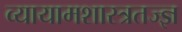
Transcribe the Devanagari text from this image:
व्यायामशास्त्रतज्ज्ञ